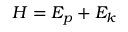
{ \cal H } = E _ { p } + E _ { k }